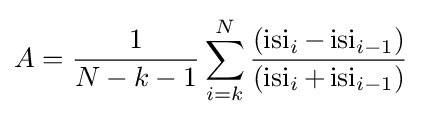
A={\frac {1}{N-k-1}}\displaystyle \sum _{i=k}^{N}{\frac {(\operatorname {isi} _{i}-\operatorname {isi} _{i-1})}{(\operatorname {isi} _{i}+\operatorname {isi} _{i-1})}}